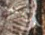
جربته